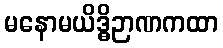
မနောမယိဒ္ဓိဉာဏကထာ